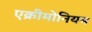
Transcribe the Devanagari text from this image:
एक्रीमोनियम